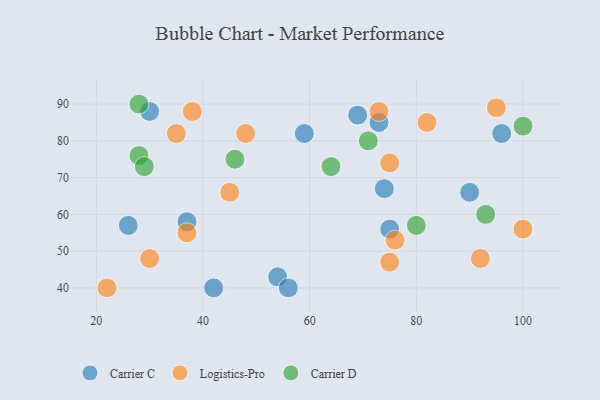
{"axis": {"x": "GDP", "y": "Life Expectancy"}, "legend": ["Carrier C", "Carrier D", "Logistics-Pro"], "data": [{"x": "42", "y": 40, "type": "Carrier C"}, {"x": "59", "y": 82, "type": "Carrier C"}, {"x": "96", "y": 82, "type": "Carrier C"}, {"x": "74", "y": 67, "type": "Carrier C"}, {"x": "30", "y": 88, "type": "Carrier C"}, {"x": "54", "y": 43, "type": "Carrier C"}, {"x": "26", "y": 57, "type": "Carrier C"}, {"x": "75", "y": 56, "type": "Carrier C"}, {"x": "37", "y": 58, "type": "Carrier C"}, {"x": "90", "y": 66, "type": "Carrier C"}, {"x": "73", "y": 85, "type": "Carrier C"}, {"x": "56", "y": 40, "type": "Carrier C"}, {"x": "69", "y": 87, "type": "Carrier C"}, {"x": "38", "y": 88, "type": "Logistics-Pro"}, {"x": "100", "y": 56, "type": "Logistics-Pro"}, {"x": "22", "y": 40, "type": "Logistics-Pro"}, {"x": "30", "y": 48, "type": "Logistics-Pro"}, {"x": "95", "y": 89, "type": "Logistics-Pro"}, {"x": "45", "y": 66, "type": "Logistics-Pro"}, {"x": "35", "y": 82, "type": "Logistics-Pro"}, {"x": "92", "y": 48, "type": "Logistics-Pro"}, {"x": "75", "y": 47, "type": "Logistics-Pro"}, {"x": "75", "y": 74, "type": "Logistics-Pro"}, {"x": "82", "y": 85, "type": "Logistics-Pro"}, {"x": "37", "y": 55, "type": "Logistics-Pro"}, {"x": "76", "y": 53, "type": "Logistics-Pro"}, {"x": "48", "y": 82, "type": "Logistics-Pro"}, {"x": "73", "y": 88, "type": "Logistics-Pro"}, {"x": "28", "y": 76, "type": "Carrier D"}, {"x": "80", "y": 57, "type": "Carrier D"}, {"x": "64", "y": 73, "type": "Carrier D"}, {"x": "46", "y": 75, "type": "Carrier D"}, {"x": "100", "y": 84, "type": "Carrier D"}, {"x": "71", "y": 80, "type": "Carrier D"}, {"x": "28", "y": 90, "type": "Carrier D"}, {"x": "93", "y": 60, "type": "Carrier D"}, {"x": "29", "y": 73, "type": "Carrier D"}]}